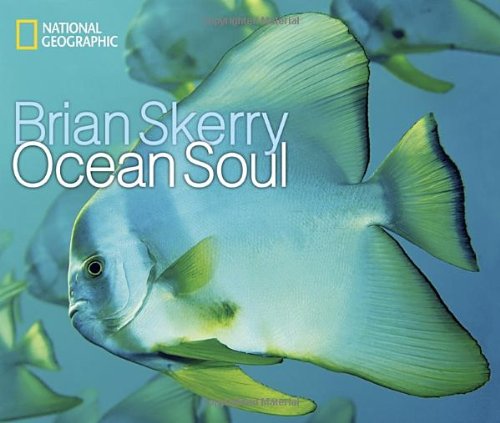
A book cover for Ocean Soul; Brian Skerry; Science & Math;